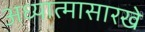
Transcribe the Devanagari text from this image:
अध्यात्मासारखे